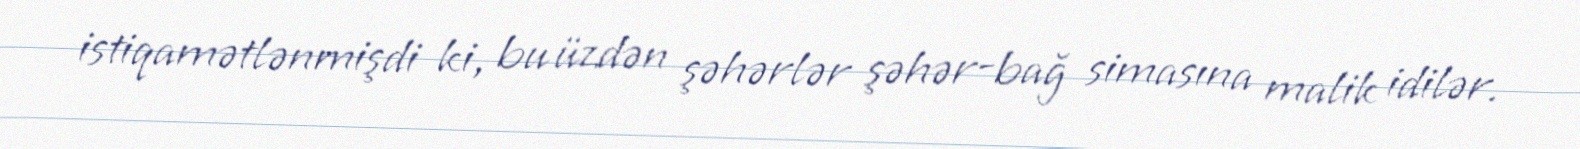
istiqamətlənmişdi ki, bu üzdən şəhərlər şəhər-bağ simasına malik idilər.